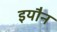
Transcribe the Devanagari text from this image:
इयौन